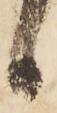
候